Rakvere_kinnistusamet, lk 33
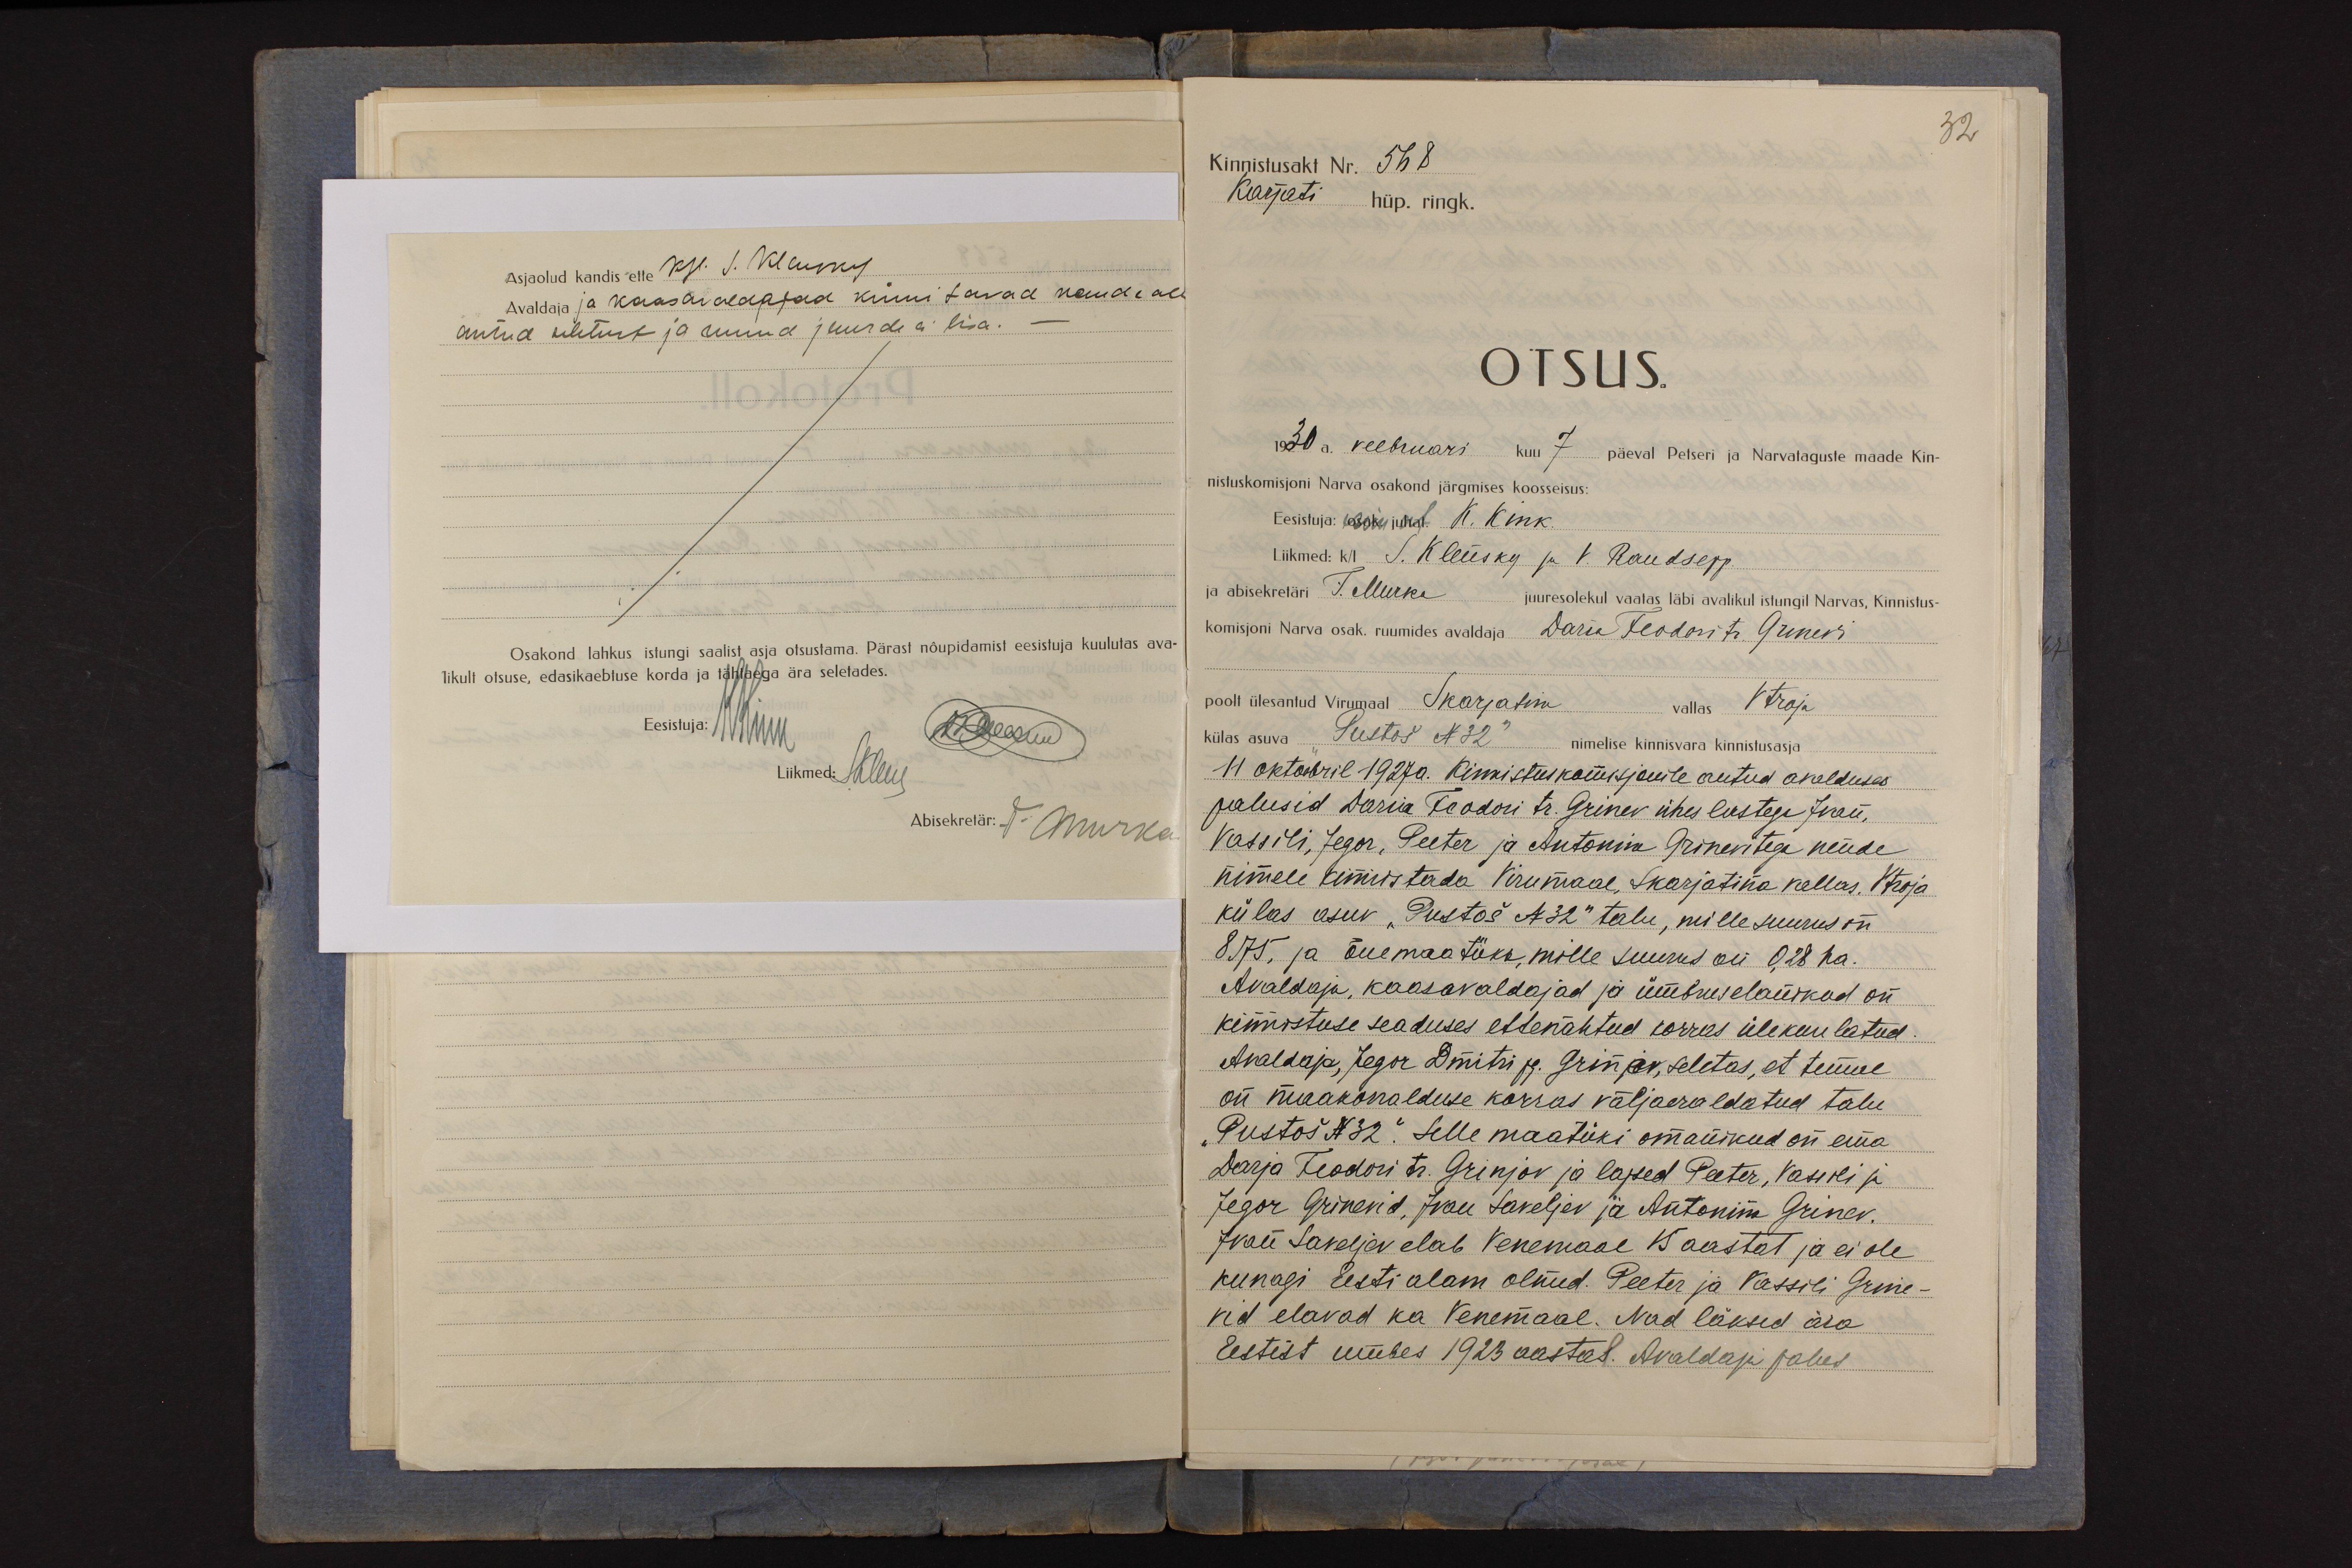
Asjaolud kandis ette k/l. S. Klensky
Avaldaja ja kaasavaldajad kinnitavad nende all
antud seletust ja muud juurde ei lisa. -
Osakond lahkus istungi saalist asja otsustama. Pärast nõupidamist eesistuja kuulutas ava-
likult otsuse, edasikaebtuse korda ja tähtaega ära seletades.
Eesistuja: KKink
Liikmed: SKlesy
Abisekretär: T. Murka

Kinnistusakt Nr. 568
32
Karjati hüp. ringk.
OTSUS.
1930 a. veebruari kuu 7 päeval Petseri ja Narvataguste maade Kin-
nistuskomisjoni Narva osakond järgmises koosseisus:
Eesistuja: osak. juhat. K. Kink.
Liikmed: k/l S. Klensky ja V. Raudsepp.
ja abisekretäri T. Murka juuresolekul vaatas läbi avalikul isungil Narvas, Kinnistus-
komisjoni Narva osak. ruumides avaldaja Daria Feodori tr. Grinevi
poolt ülesantud Virumaal Skarjatina vallas Vtroja
külas asuva "Pustoš N 32" nimelise kinnisvara kinnistusasja
11 oktoobril 1927a. Kinnistuskomisjonile antud avalduses
palusid Daria Feodori tr. Grinev ühes lastega Ivan,
Vassili, Jegor, Peeter ja Antonina Grinevitega nende
nimele kinnistada Virumaal, Skarjatina vallas, Vtroja
külas asuv "Pustoš N 32" talu, mille suurus on
8,75, ja õuemaatükk, mille suurus on 0,28 ha.
Avaldaja, kaasavaldajad ja ümbruselanikud on
kinnistuse seaduses ettenähtud korras ülekuulatud.
Avaldaja, Jegor Dmitri pg. Grinjev, seletas, et temal
on maakorralduse korras väljaeraldatud talu
"Pustoš N 32". Selle maatüki omanikud on ema
Darja Feodori tr. Grinjov ja lapsed Peeter, Vassili ja
Jegor Grinevid, Ivan Saveljev ja Antonina Grinev.
Ivan Saveljev elab Venemaal 15 aastat ja ei ole
kunagi Eesti alam olnud. Peeter ja Vassili Grine-
vid elavad ka Venemaal. Nad läksid ära
Eestist umbes 1923 aastal. Avaldaja palus